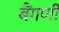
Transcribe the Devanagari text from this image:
बैंगणी